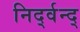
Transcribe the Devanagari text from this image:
निर्द्वन्द्